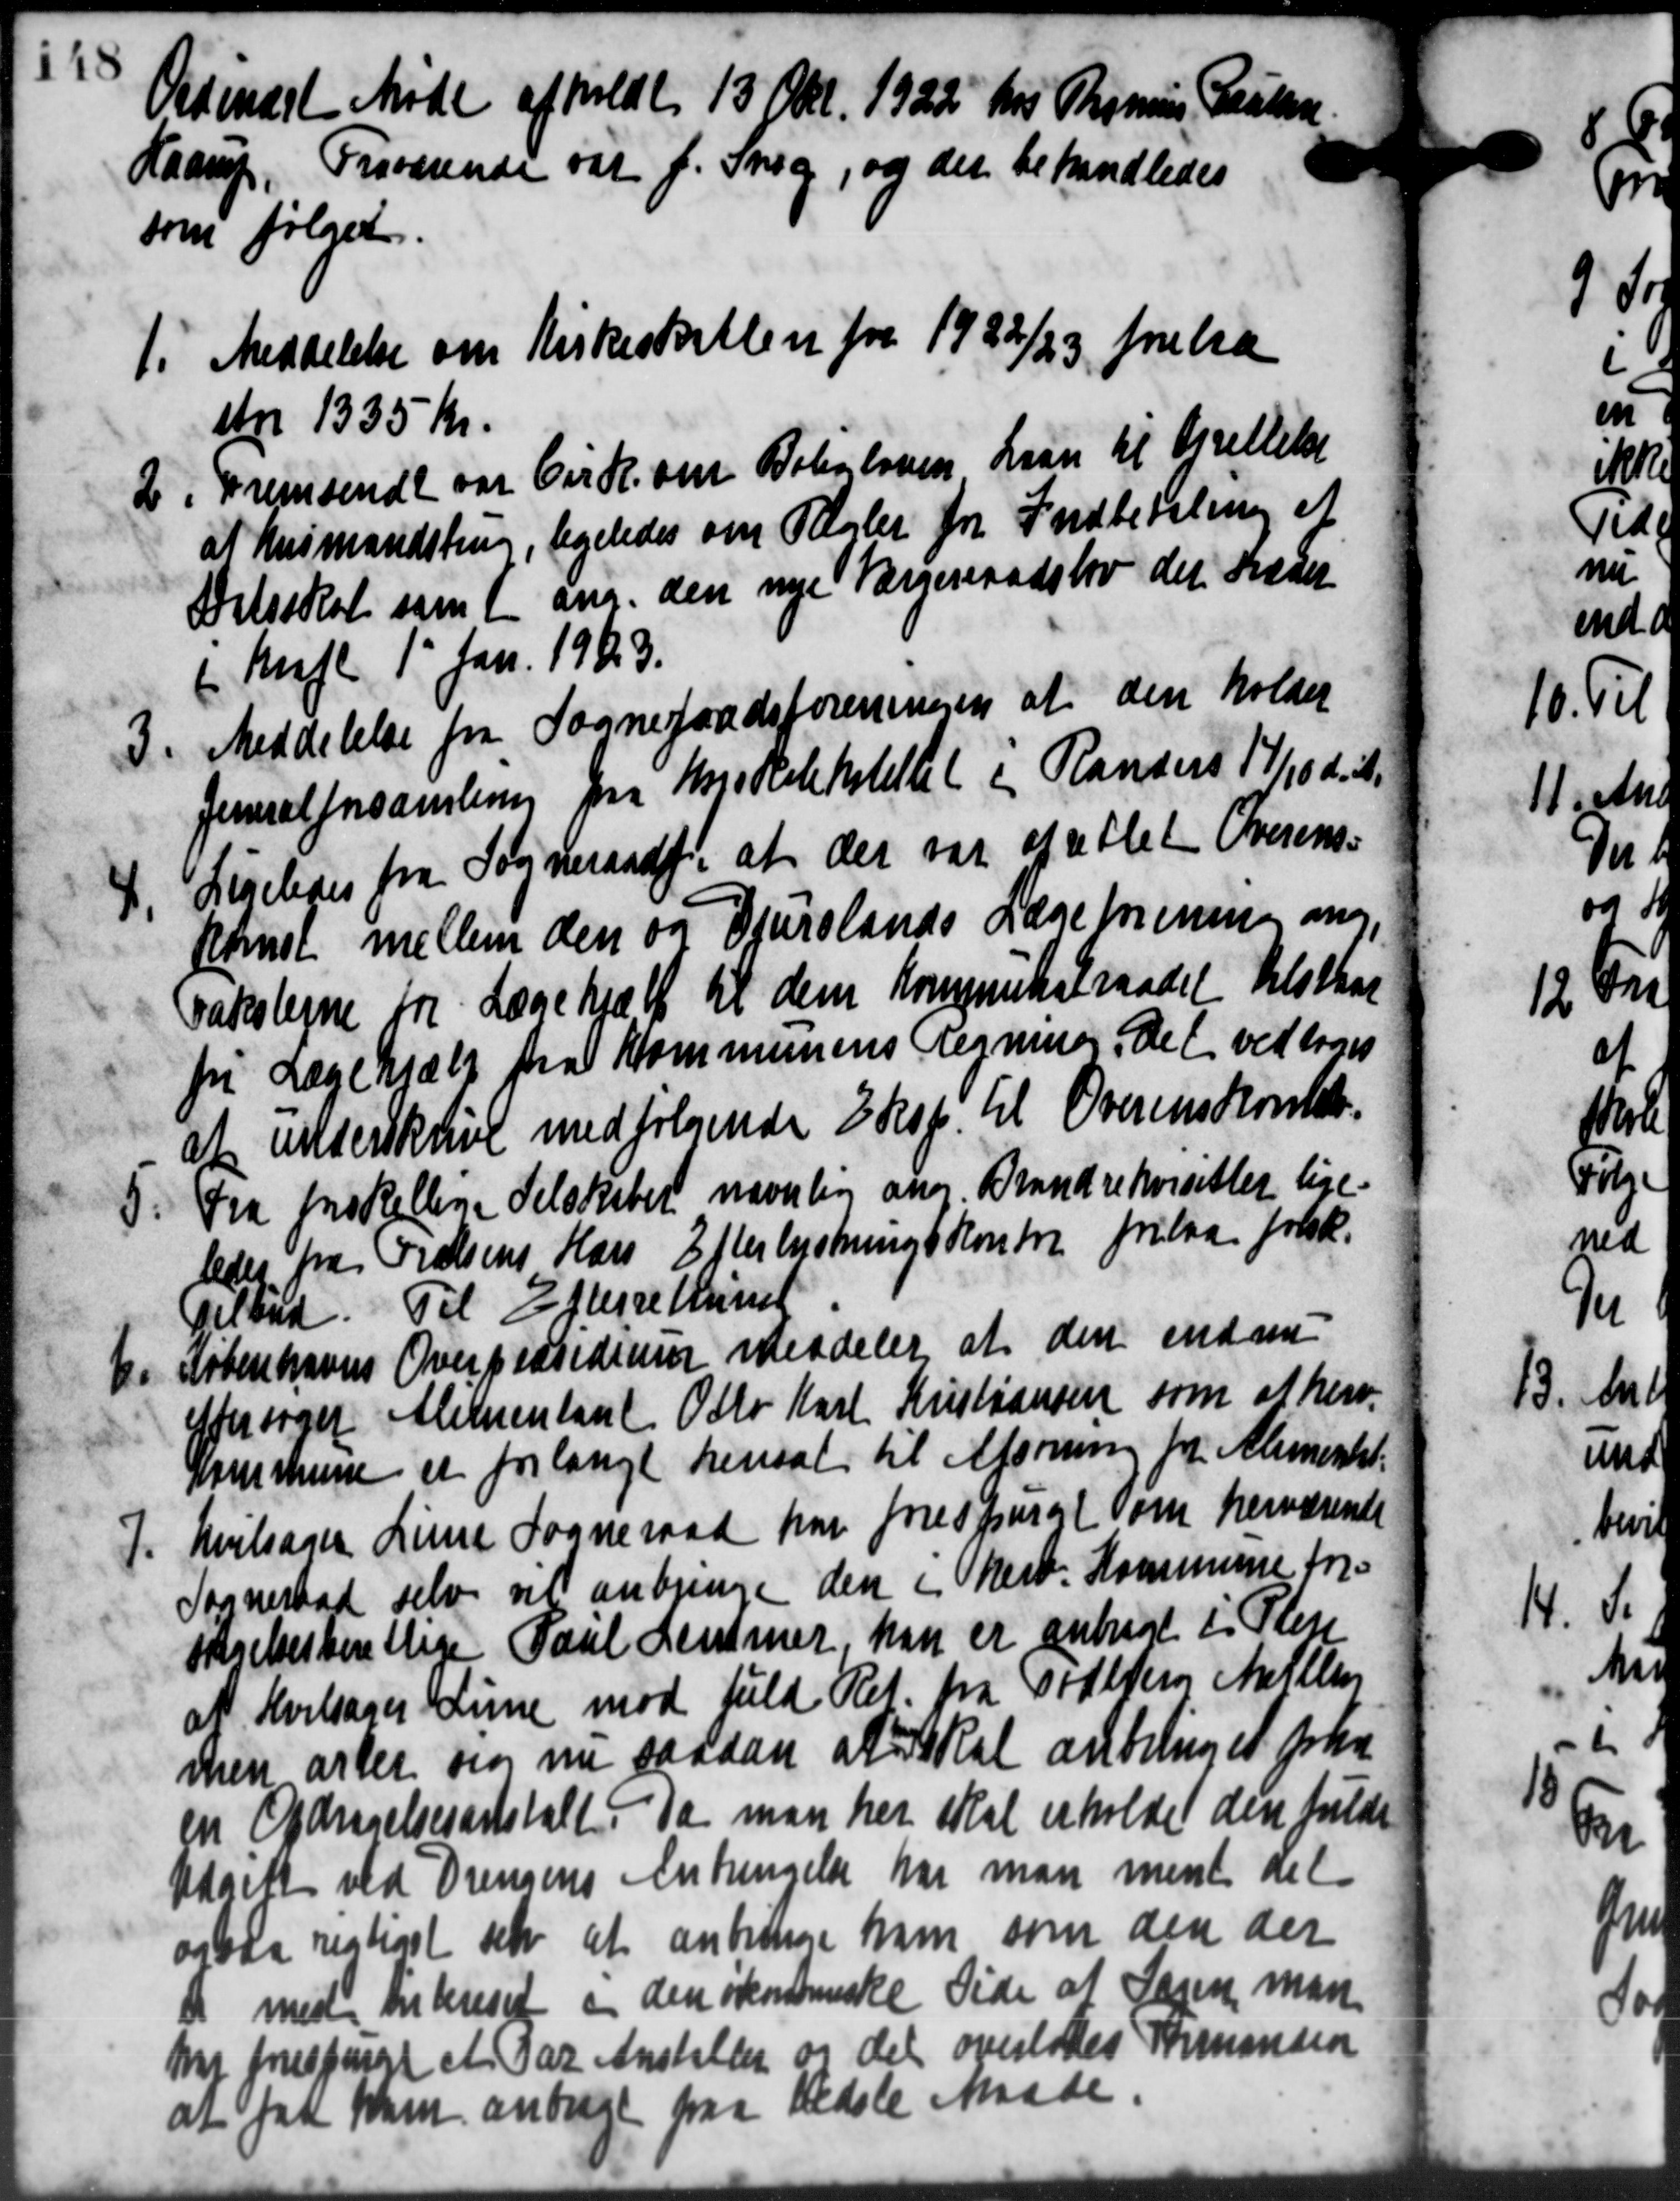
Transskription:
Ordinært Møde afholdt 13 Okt. 1922 for Rasmus
Haarup, Fraværende var f. Snog, og der behandledes
som følger.
1. Meddelelse om Kirkeskatten for 1922/23 foreta
stor 1335 Kr.
2. Fremsendt var Cirk. om Babyloven Laan til Brettelse
at husmandstrup, ligeledes om Regler for Indbetaling af
Detsskat som i ang. den nye Værgerraadslov det trædes
(Kufl. 1' Jan. 1923.
Meddelelse fra Sognefradsforeningen at den holder
3.
Jeneralforsamling fra Højskolehotellet i Randers 17/10 d. A.
Ligeledes fra Sogneraadet, at der var af allet Overens=
4.
Konse mellem den og Djurslands Lægeforening om.
Taksterne for Lægehjælp til dem Kommuneraadet tilstkar
fri Lægehjælp fra Kommunens Regning det vedtoges
at underskrive medfølgende Eksp. til Overenskomst.
5. Fra forskellige Selskabet navnlig om Brandrekassetter lige
5. Fra forskellige Selskabet navnlig om Brandrekassetter lige
leder fra Frelsens Hars Efterlystnings Kontore frelaa forsk.
Tilbud. Til Efterretning
b.
Københavns Overpræsidium meddeler at den endnu
eftersøger Alimentant Otto Karl Kristiansen som at herv.
Kommune er forlangt hensat til Afsoning fra Alimentet.
7.
Hvilsager Line Sogneraad har forespurgt om herværende
Sogneraad selv vil anbringe den i herv. Kommune for
Skrebesterettige Paul Lemmer han er anbragt i Pleje
at Hvilsager Line mod fuld Ret fra Todbjerg Mellen
men arter sig nu saadan at skal anbringet paa
en Opdragelsesanstalt. Da man her skal erholde den fulde
Udgift ved Drengens Anbringelse har man ment det
ogsaa rigtiget set at anbringe ham som den der
" med Intereset og den økonomiske Side at Sagen man
mt forespurgt et Par Anstiller og det overlodes Formanden
at faa ham anbragt paa Vedste Maade.